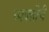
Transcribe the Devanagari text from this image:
व्यक्‍तीचे